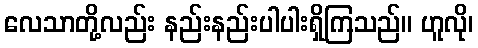
လေသာတို့လည်း နည်းနည်းပါပါးရှိကြသည်။ ဟူလို၊